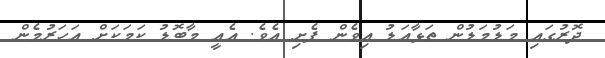
ދޮރުގައި މަޑުމަޑުން ތަޅާއަޑު އިވެން ފެށި އެވެ. އެއީ މާބޮޑު ކަމަކަށް އަހަރުމެން